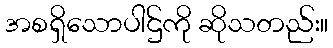
အစရှိသောပါဌ်ကို ဆိုသတည်း။